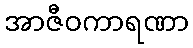
အာဇီဝကာရဏာ